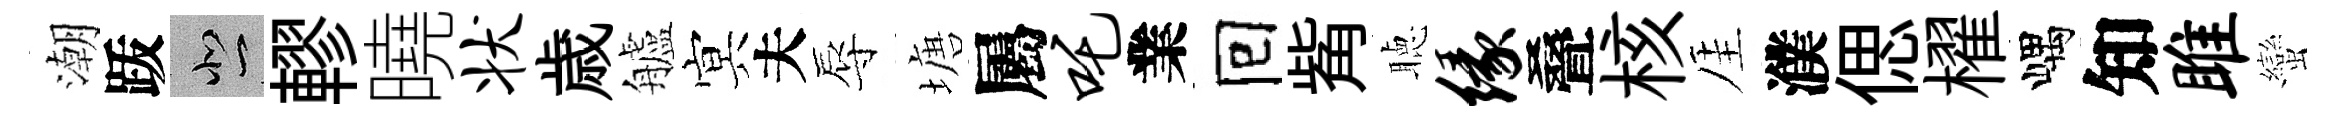
潮䟦悲轇曉状歳艫㝠夫辱塘屬吒業囘觜聴缘叠核厓濮偲櫂嵎知雎蠻